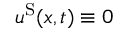
u ^ { \mathrm { S } } ( x , t ) \equiv 0